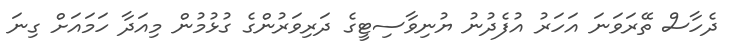
ދެހާސް ތޭރަވަނަ އަހަރު އުފެދުނު ޔުނިވާސިޓީގެ ދަރިވަރުންގެ ގުޅުމުން މިއަދާ ހަމައަށް ގިނަ